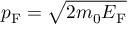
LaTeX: p _ { \mathrm { F } } = { \sqrt { 2 m _ { 0 } E _ { \mathrm { F } } } }